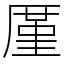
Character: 厪